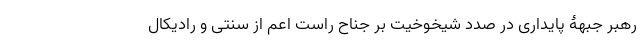
رهبر جبهۀ پایداری در صدد شیخوخیت بر جناح راست اعم از سنتی و رادیکال